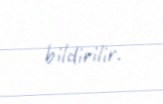
bildirilir.